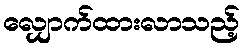
လျှောက်ထားလာသည့်